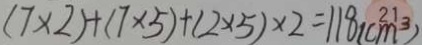
( 7 \times 2 ) + ( 7 \times 5 ) + ( 2 \times 5 ) \times 2 = 1 1 8 ( c m ^ { 3 } )